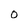
Character: 0